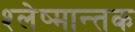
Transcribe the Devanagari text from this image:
श्‍लेष्मान्तक